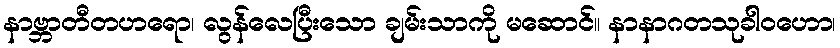
နာဗ္ဘာတီတဟရော၊ လွန်လေပြီးသော ချမ်းသာကို မဆောင်။ နာနာဂတသုခါဝဟော၊